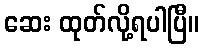
ဆေး ထုတ်လို့ရပါပြီ။